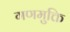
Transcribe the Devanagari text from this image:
गणमुक्ति